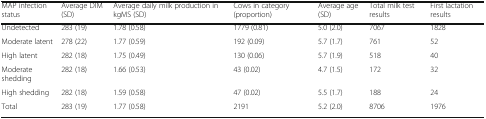
<table><thead><tr><td><b>MAP infection status</b></td><td><b>Average DIM (SD)</b></td><td><b>Average daily milk production in kgMS (SD)</b></td><td><b>Cows in category (proportion)</b></td><td><b>Average age (SD)</b></td><td><b>Total milk test results</b></td><td><b>First lactation results</b></td></tr></thead><tbody><tr><td>Undetected</td><td>283 (19)</td><td>1.78 (0.58)</td><td>1779 (0.81)</td><td>5.0 (2.0)</td><td>7067</td><td>1828</td></tr><tr><td>Moderate latent</td><td>278 (22)</td><td>1.77 (0.59)</td><td>192 (0.09)</td><td>5.7 (1.7)</td><td>761</td><td>52</td></tr><tr><td>High latent</td><td>282 (18)</td><td>1.75 (0.49)</td><td>130 (0.06)</td><td>5.7 (1.9)</td><td>518</td><td>40</td></tr><tr><td>Moderate shedding</td><td>282 (18)</td><td>1.66 (0.53)</td><td>43 (0.02)</td><td>4.7 (1.5)</td><td>172</td><td>32</td></tr><tr><td>High shedding</td><td>282 (18)</td><td>1.59 (0.58)</td><td>47 (0.02)</td><td>5.5 (1.7)</td><td>188</td><td>24</td></tr><tr><td>Total</td><td>283 (19)</td><td>1.77 (0.58)</td><td>2191</td><td>5.2 (2.0)</td><td>8706</td><td>1976</td></tr></tbody></table>